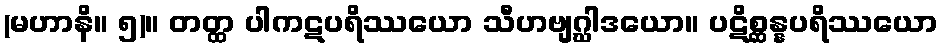
(မဟာနိ။ ၅)။ တတ္ထ ပါကဋပရိဿယော သီဟဗျဂ္ဃါဒယော။ ပဋိစ္ဆန္နပရိဿယော